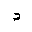
Letter: _dal